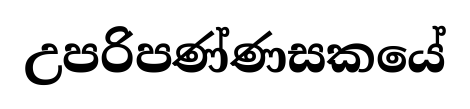
උපරිපණ්ණසකයේ